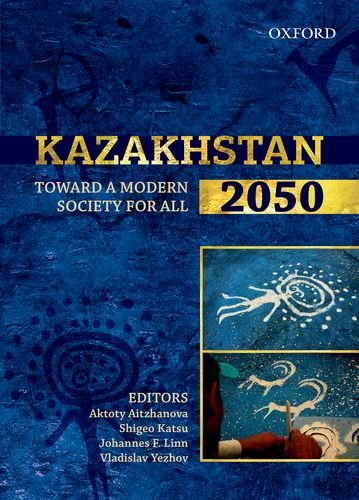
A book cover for Kazakhstan 2050: Toward a Modern Society for All; Business & Money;